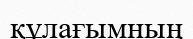
құлағымның